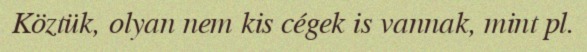
Köztük, olyan nem kis cégek is vannak, mint pl.